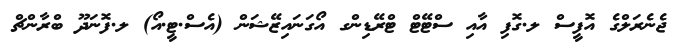
ޖެނެރަލްގެ އޮފީސް ލ.ގޮފި އާއި ސްޓޭޓް ޓްރޭޑިންގ އޯގަނައިޒޭޝަން (އެސް.ޓީ.އޯ) ލ.ފޮނަދޫ ބްރާންޗް